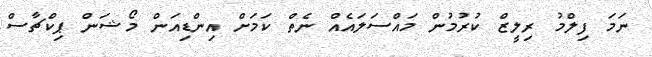
ނަމަ ފިލްމު ރިލީޒް ކުރުމުން މައްސަލައެއް ނެތް ކަމަށް އިންޑިއަން މޯޝަން ޕިކްޗާސް